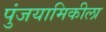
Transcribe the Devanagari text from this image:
पुंजयामिकीला